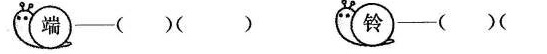
端——()() 铃——()()